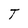
Character: T